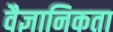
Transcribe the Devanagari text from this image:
वैज्ञानिकता